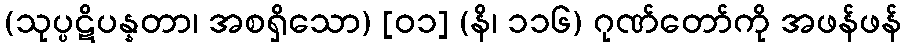
(သုပ္ပဋိပန္နတာ၊ အစရှိသော) [၀၁] (နိ၊ ၁၁၆) ဂုဏ်တော်ကို အဖန်ဖန်